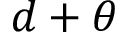
d + \theta